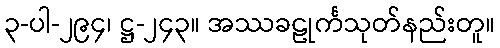
၃-ပါ-၂၉၄၊ ဋ္ဌ-၂၄၃။ အဿခဠုင်္ကသုတ်နည်းတူ။